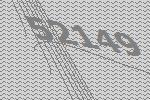
52149